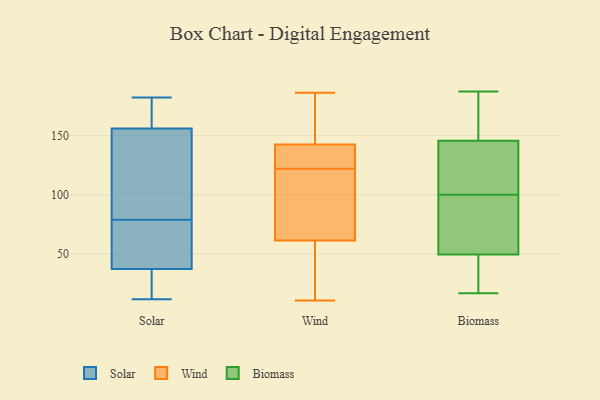
{"axis": {"x": "Revenue (USD Million)", "y": "Value"}, "legend": ["Biomass", "Solar", "Wind"], "data": [{"x": "", "y": 12, "type": "Solar"}, {"x": "", "y": 152, "type": "Solar"}, {"x": "", "y": 182, "type": "Solar"}, {"x": "", "y": 64, "type": "Solar"}, {"x": "", "y": 172, "type": "Solar"}, {"x": "", "y": 35, "type": "Solar"}, {"x": "", "y": 163, "type": "Solar"}, {"x": "", "y": 25, "type": "Solar"}, {"x": "", "y": 111, "type": "Solar"}, {"x": "", "y": 40, "type": "Solar"}, {"x": "", "y": 43, "type": "Solar"}, {"x": "", "y": 19, "type": "Solar"}, {"x": "", "y": 93, "type": "Solar"}, {"x": "", "y": 160, "type": "Solar"}, {"x": "", "y": 15, "type": "Solar"}, {"x": "", "y": 57, "type": "Solar"}, {"x": "", "y": 83, "type": "Solar"}, {"x": "", "y": 169, "type": "Solar"}, {"x": "", "y": 75, "type": "Solar"}, {"x": "", "y": 103, "type": "Solar"}, {"x": "", "y": 149, "type": "Wind"}, {"x": "", "y": 42, "type": "Wind"}, {"x": "", "y": 136, "type": "Wind"}, {"x": "", "y": 80, "type": "Wind"}, {"x": "", "y": 171, "type": "Wind"}, {"x": "", "y": 24, "type": "Wind"}, {"x": "", "y": 133, "type": "Wind"}, {"x": "", "y": 87, "type": "Wind"}, {"x": "", "y": 77, "type": "Wind"}, {"x": "", "y": 131, "type": "Wind"}, {"x": "", "y": 11, "type": "Wind"}, {"x": "", "y": 46, "type": "Wind"}, {"x": "", "y": 153, "type": "Wind"}, {"x": "", "y": 181, "type": "Wind"}, {"x": "", "y": 186, "type": "Wind"}, {"x": "", "y": 115, "type": "Wind"}, {"x": "", "y": 113, "type": "Wind"}, {"x": "", "y": 134, "type": "Wind"}, {"x": "", "y": 24, "type": "Wind"}, {"x": "", "y": 129, "type": "Wind"}, {"x": "", "y": 172, "type": "Biomass"}, {"x": "", "y": 40, "type": "Biomass"}, {"x": "", "y": 141, "type": "Biomass"}, {"x": "", "y": 128, "type": "Biomass"}, {"x": "", "y": 100, "type": "Biomass"}, {"x": "", "y": 82, "type": "Biomass"}, {"x": "", "y": 128, "type": "Biomass"}, {"x": "", "y": 88, "type": "Biomass"}, {"x": "", "y": 17, "type": "Biomass"}, {"x": "", "y": 53, "type": "Biomass"}, {"x": "", "y": 40, "type": "Biomass"}, {"x": "", "y": 22, "type": "Biomass"}, {"x": "", "y": 159, "type": "Biomass"}, {"x": "", "y": 130, "type": "Biomass"}, {"x": "", "y": 167, "type": "Biomass"}, {"x": "", "y": 89, "type": "Biomass"}, {"x": "", "y": 187, "type": "Biomass"}]}